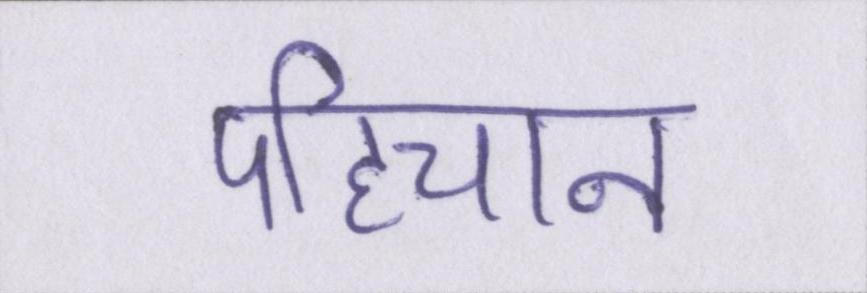
पहिचान